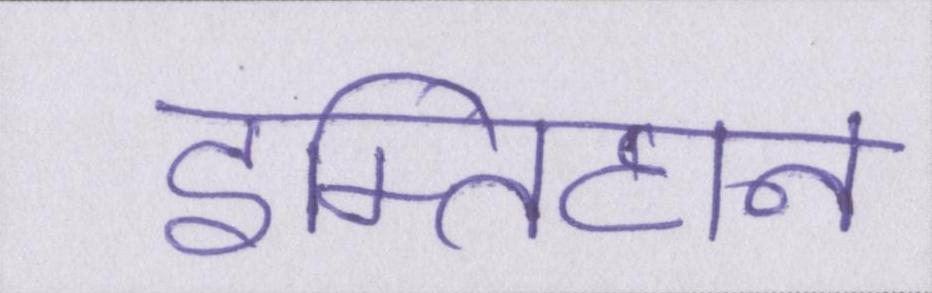
इम्तिहान